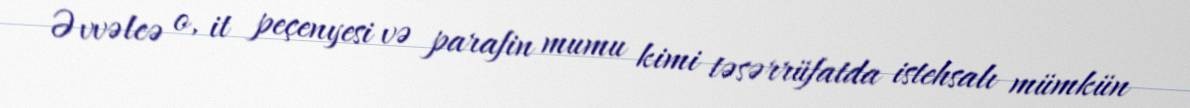
Əvvəlcə o, it peçenyesi və parafin mumu kimi təsərrüfatda istehsalı mümkün